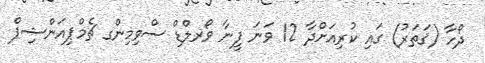
ދޯހާ (ޤަތަރު) ގައި ކުރިއަށްދާ 12 ވަނަ ފީނާ ވޯރލްޑް ސްވިމިންގ ޗެމްޕިއަންޝިޕް